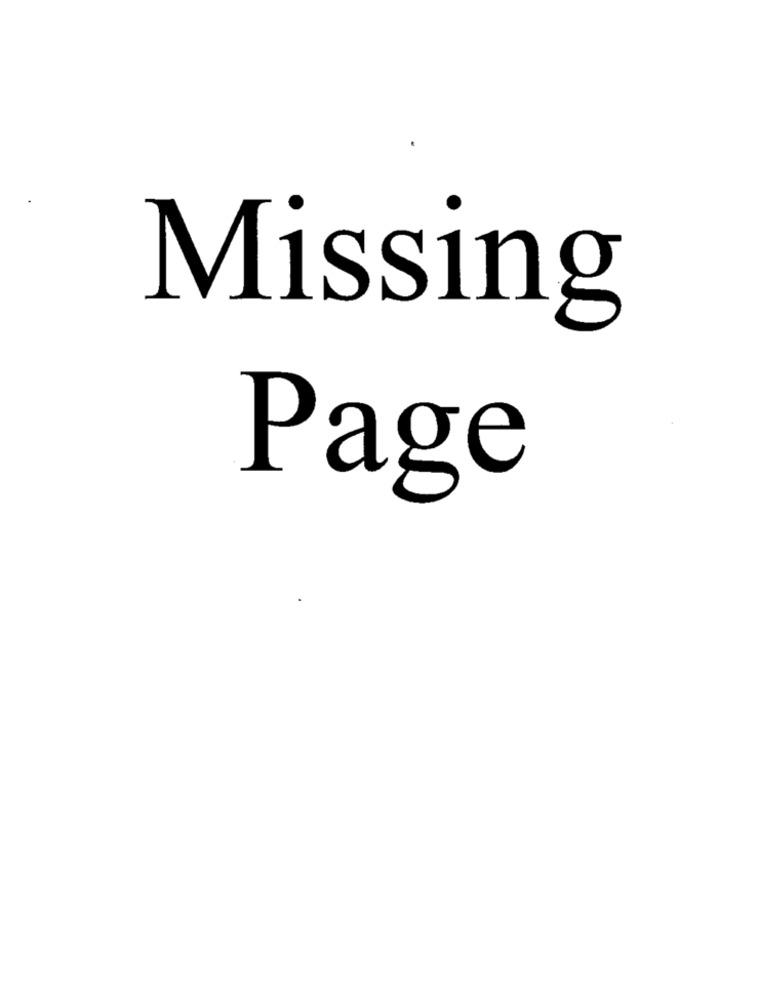
Missing
Page